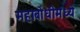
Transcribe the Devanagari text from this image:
महाबोधीमध्ये